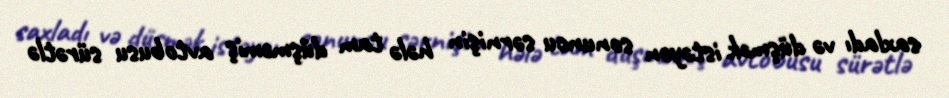
saxladı və düşmək istəyən sonuncu sərnişin hələ tam düşməmiş avtobusu sürətlə